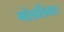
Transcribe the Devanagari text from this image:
गोंडाडिक्‍स